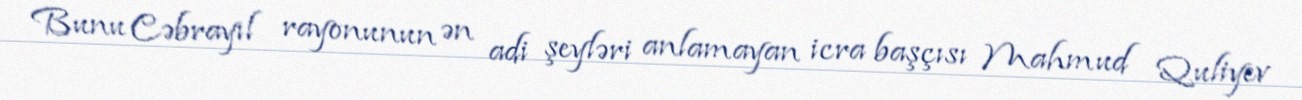
Bunu Cəbrayıl rayonunun ən adi şeyləri anlamayan icra başçısı Mahmud Quliyev